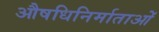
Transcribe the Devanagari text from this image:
औषधिनिर्माताओं